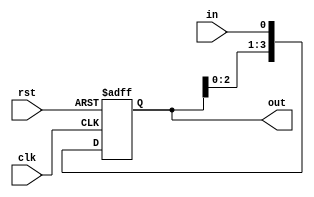
`timescale 1ns / 1ps
//////////////////////////////////////////////////////////////////////////////////
// Company: -
// 
// Design Name: Shift Register
// Module Name: shift_reg
// Project Name: Shift Register
// Target Devices: 
// Tool Versions: 
// Description: 
// 
// Dependencies: 
// 
// Revision:
// Revision 0.01 - File Created
// Additional Comments:
// 
//////////////////////////////////////////////////////////////////////////////////


module shift_reg(
    input wire clk,
    input wire rst,
    input wire in,
    output wire [3:0] out
    );
    reg [3:0] sr;
    wire [3:0] buff;

  always @(posedge clk or posedge rst)
    if (rst)
      sr <= 4'h0;
    else
      sr <= buff;

  assign buff = {sr[2:0], in};
  assign out = sr;
endmodule